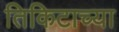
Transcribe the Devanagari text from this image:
तिकिटाच्या